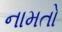
નામતો